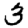
Digit: 3